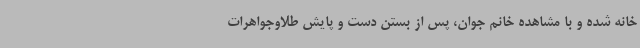
خانه شده و با مشاهده خانم جوان، پس از بستن دست و پایش طلاوجواهرات